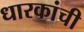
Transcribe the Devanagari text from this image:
धारकांची